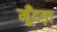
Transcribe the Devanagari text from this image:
मूँदड़ा